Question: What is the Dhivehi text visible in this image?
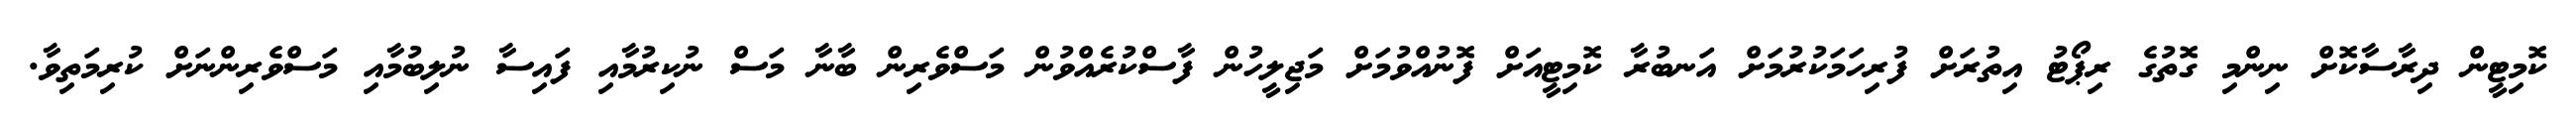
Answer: ކޮމިޓީން ދިރާސާކޮށް ނިންމި ގޮތުގެ ރިޕޯޓު އިތުރަށް ފުރިހަމަކުރުމަށް އަނބުރާ ކޮމިޓީއަށް ފޮނުއްވުމަށް މަޖިލީހުން ފާސްކުރެއްވުން މަސްވެރިން ބާނާ މަސް ނުކިރުމާއި ފައިސާ ނުލިބުމާއި މަސްވެރިންނަށް ކުރިމަތިވާ.